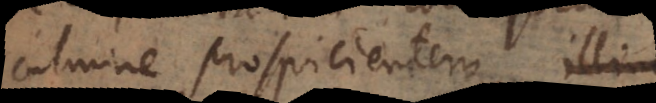
culmine prospicientem, illinc